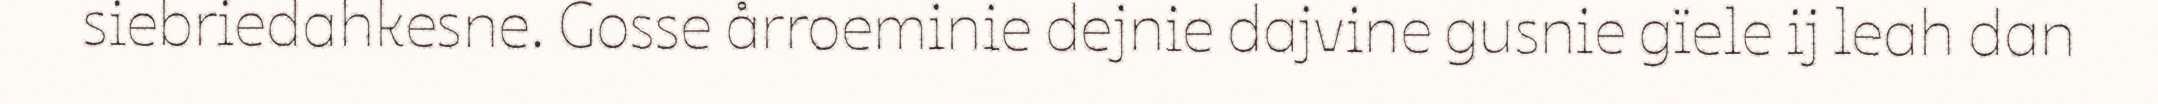
siebriedahkesne. Gosse årroeminie dejnie dajvine gusnie gïele ij leah dan